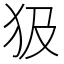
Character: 𤜯